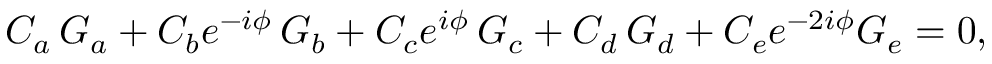
C _ { a } \, G _ { a } + C _ { b } e ^ { - i \phi } \, G _ { b } + C _ { c } e ^ { i \phi } \, G _ { c } + C _ { d } \, G _ { d } + C _ { e } e ^ { - 2 i \phi } G _ { e } = 0 ,